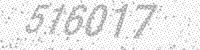
Solution: 516017